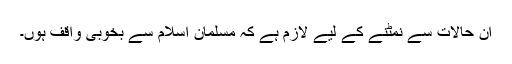
ان حالات سے نمٹنے کے لیے لازم ہے کہ مسلمان اسلام سے بخوبی واقف ہوں۔